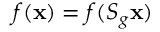
f ( \mathbf { x } ) = f ( S _ { g } \mathbf { x } )